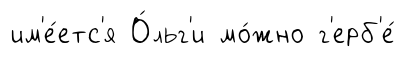
им'е́етс'я О́льг'и мо́жно г'ерб'е́